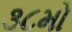
૩૮મો